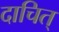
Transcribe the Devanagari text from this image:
दाचित्